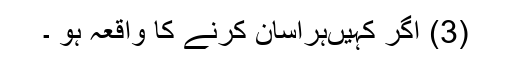
(3) اگر کہیںہراسان کرنے کا واقعہ ہو ۔